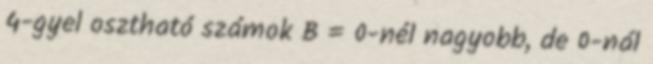
4-gyel osztható számok B = 0-nél nagyobb, de 0-nál